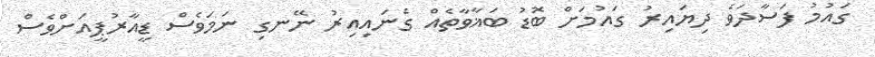
ގައުމު ފަސާދަވެ ދިޔައިރު ގައުމަށް ބޮޑު ބަޣާވާތެއް ގެނައިއިރު ނޭނގި ނަމަވެސް ޑީއާރުޕީއަށްވެސް